Indian journal of veterinary science and animal husbandry - Volumes 24-25, 1954-1955
Year: 1954
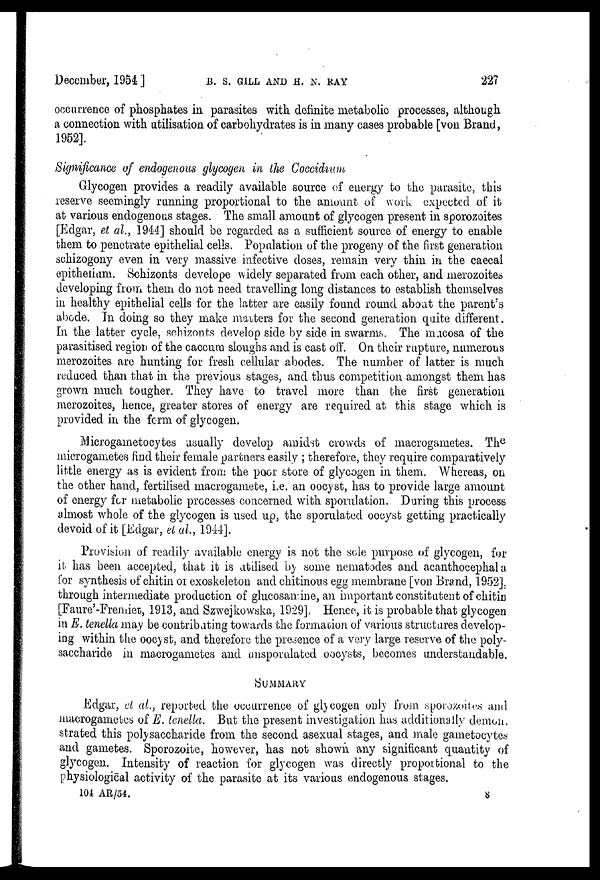
December, 1954 ]
B.
S.
GILL
AND
H.
N.
RAY
22?
occurrence of phosphates in parasites with definite metabolic processes, although
a connection with utilisation of carbohydrates is in many cases probable [von Brand,
1952].
Significance of endogenous glycogen in the Coccidium
Glycogen provides a readily available source of energy to the parasite, this
reserve seemingly running proportional to the amount of work expected of it
at various endogenous stages. The small amount of glycogen present in sporozoites
[Edgar, et al., 1944] should be regarded as a sufficient source of energy to enable
them to penetrate epithelial cells. Population of the progeny of the first generation
schizogony even in very massive infective doses, remain very thin in the caecal
epithelium. Schizonts develope widely separated from each other, and merozoites
developing from them do not need travelling long distances to establish themselves
in healthy epithelial cells for the latter are easily found round about the parent's
abode. In doing so they make matters for the second generation quite different.
In the latter cycle, schizonts develop side by side in swarms. The mucosa of the
parasitised region of the caecum sloughs and is cast off. On their rupture, numerous
merozoites are hunting for fresh cellular abodes. The number of latter is much
reduced than that in the previous stages, and thus competition amongst them has
grown much tougher. They have to travel more than the first generation
merozoites, hence, greater stores of energy are required at this stage which is
provided in the form of glycogen.
Microgametocytes usually develop amidst crowds of macrogametes. The
microgametes find their female partners easily ; therefore, they require comparatively
little energy as is evident from the poor store of glycogen in them. Whereas, on
the other hand, fertilised macrogamete, i.e. an oocyst, has to provide large amount
of energy for metabolic processes concerned with sporulation. During this process
almost whole of the glycogen is used up, the sporulated oocyst getting practically
devoid of it [Edgar, et al., 1944].
Provision of readily available energy is not the sole purpose of glycogen, for
it has been accepted, that it is utilised by some nematodes and acanthocephala
for synthesis of chitin of exoskeleton and chitinous egg membrane [von Brand, 1952],
through intermediate production of glucosamine, an important constituent of chitin
[Faure'-Fremiet, 1913, and Szwejkowska, 1929]. Hence, it is probable that glycogen
in E. tenella may be contributing towards the formation of various structures develop-
ing within the oocyst, and therefore the presence of a very large reserve of the poly-
saccharide in macrogametes and unsporulated oocysts, becomes understandable.
SUMMARY
Edgar, et al., reported the occurrence of glycogen only from sporozoites and
macrogametes of E. tenella. But the present investigation has additionally demon¬
strated this polysaccharide from the second asexual stages, and male gametocytes
and gametes. Sporozoite, however, has not shown any significant quantity of
glycogen. Intensity of reaction for glycogen was directly proportional to the
physiological activity of the parasite at its various endogenous stages.
104 AR/54.
8